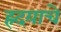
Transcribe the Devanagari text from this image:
ह्र्दयाचे